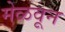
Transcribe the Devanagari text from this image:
मेळवून